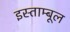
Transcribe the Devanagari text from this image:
इस्ताम्बूल